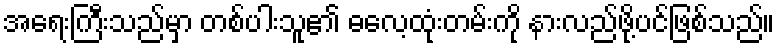
အရေးကြီးသည်မှာ တစ်ပါးသူ၏ ဓလေ့ထုံးတမ်းကို နားလည်ဖို့ပင်ဖြစ်သည်။